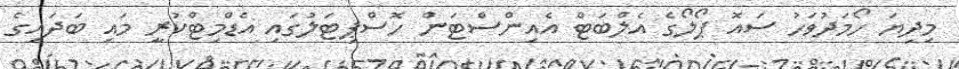
މިދިޔަ ހޯމަދުވަހު ސައޮ ޕޯލޯގެ އެލްބަޓް އެއިންސްޓަން ހޮސްޕިޓަލުގައި އެޑްމިޓްކުރީ މައި ބަދައިގެ